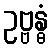
ဥဗ္ဗန္ဓံ